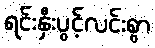
ရင်းနှီးပွင့်လင်းစွာ